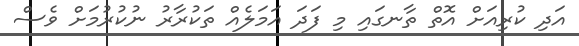
އަދި ކުރިއަށް އޮތް ތާނގައި މި ފަދަ އަމަލެއް ތަކުރާރު ނުކުރުމަށް ވެސް